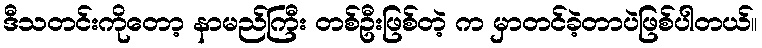
ဒီသတင်းကိုတော့ နာမည်ကြီး တစ်ဦးဖြစ်တဲ့ က မှာတင်ခဲ့တာပဲဖြစ်ပါတယ်။